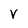
Character: V